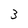
Character: 3